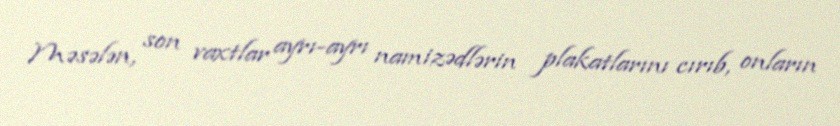
Məsələn, son vaxtlar ayrı-ayrı namizədlərin plakatlarını cırıb, onların